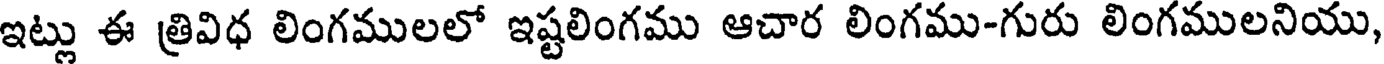
ఇట్లు ఈ త్రివిధ లింగములలో ఇష్టలింగము ఆచార లింగము-గురు లింగములనియు,